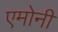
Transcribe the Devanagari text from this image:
एमोनी